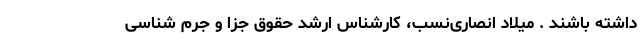
داشته باشند . میلاد انصاری‌نسب، کارشناس ارشد حقوق جزا و جرم شناسی